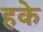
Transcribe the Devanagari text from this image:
हके